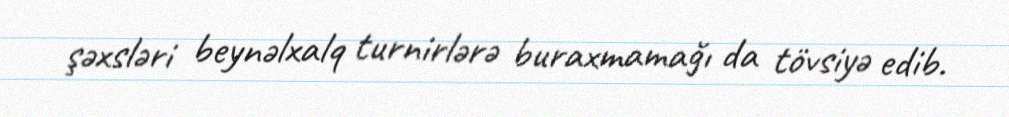
şəxsləri beynəlxalq turnirlərə buraxmamağı da tövsiyə edib.